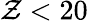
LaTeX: \mathcal{Z}<20